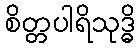
စိတ္တပါရိသုဒ္ဓိ